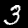
Label: 3